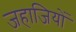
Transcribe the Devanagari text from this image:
जहाजियों